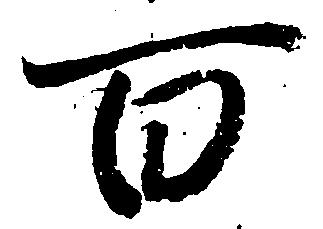
百